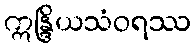
ဣန္ဒြိယသံဝရဿ